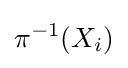
\pi ^{-1}(X_{i})